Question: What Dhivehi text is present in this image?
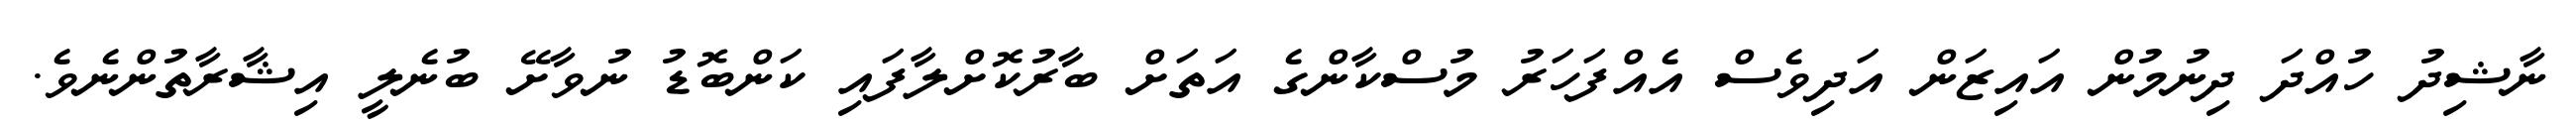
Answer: ނާޝިދު ހުއްދަ ދިނުމުން އައިޒަން އަދިވެސް އެއްފަހަރު މުސްކާންގެ އަތަށް ބާރުކޮށްލާފައި ކަންބޮޑު ނުވާށޭ ބުނެލީ އިޝާރާތުންނެވެ.